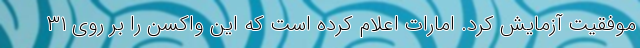
موفقیت آزمایش کرد. امارات اعلام کرده است که این واکسن را بر روی ۳۱